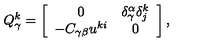
Q _ { \gamma } ^ { k } = \left[ \begin{array} { c c } { 0 } & { \delta _ { \gamma } ^ { \alpha } \delta _ { j } ^ { k } } \\ { - C _ { \gamma \beta } u ^ { k i } } & { 0 } \\ \end{array} \right] ,